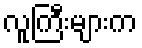
လူကြီးများက